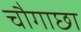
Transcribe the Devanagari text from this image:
चौगाछा